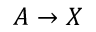
A \rightarrow X